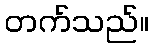
တက်သည်။